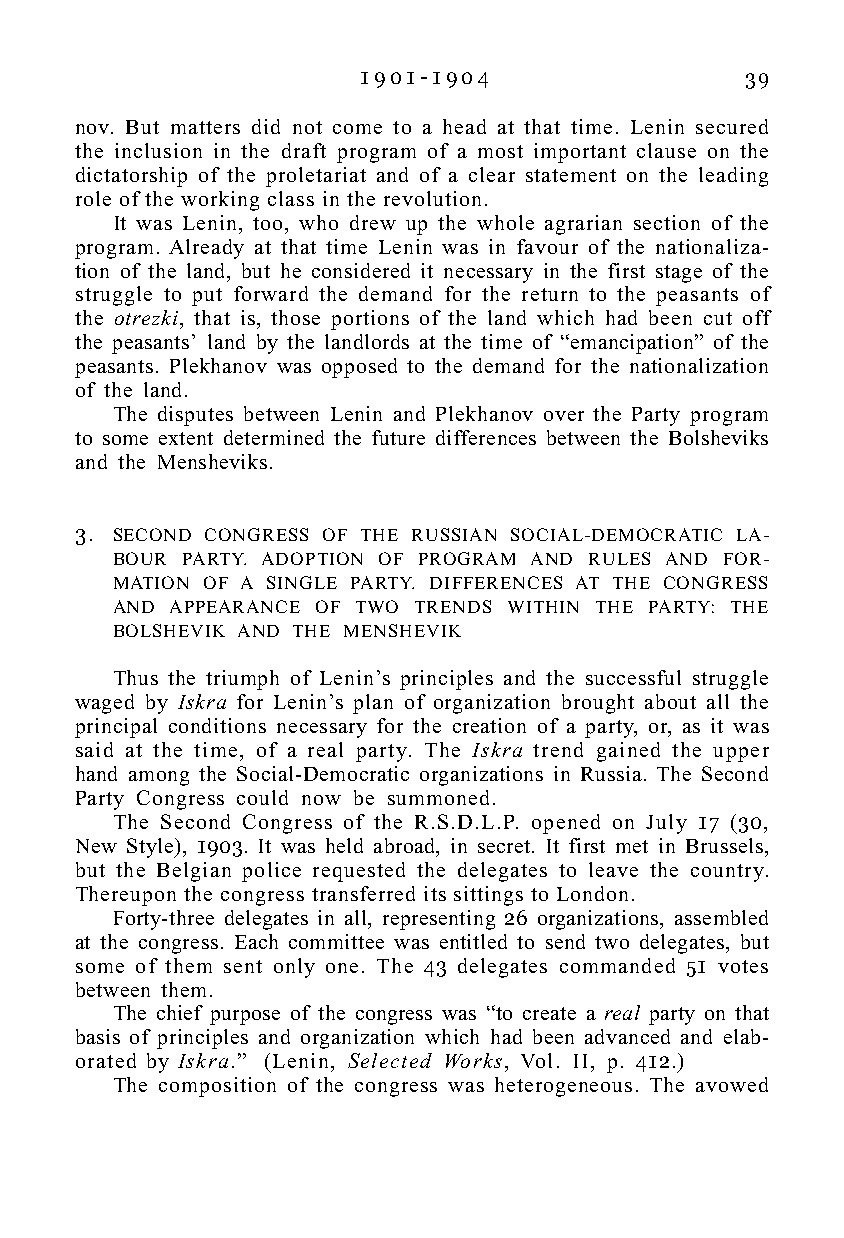
1 9 0 1 - 1 9 0 4        39
 nov. But matters did not come to a head at that time. Lenin secured
 the inclusion in the draft program of a most important clause on the
 dictatorship of the proletariat and of a clear statement on the leading
 role of the working class in the revolution.
 It was Lenin, too, who drew up the whole agrarian section of the
 program. Already at that time Lenin was in favour of the nationaliza-
 tion of the land, but he considered it necessary in the first stage of the
 struggle to put forward the demand for the return to the peasants of
 the otrezki, that is, those portions of the land which had been cut off
 the peasants’ land by the landlords at the time of “emancipation” of the
 peasants. Plekhanov was opposed to the demand for the nationalization
 of the land.
 The disputes between Lenin and Plekhanov over the Party program
 to some extent determined the future differences between the Bolsheviks
 and the Mensheviks.
 3. SECOND CONGRESS OF THE RUSSIAN SOCIAL-DEMOCRATIC LA-
 BOUR PARTY. ADOPTION OF PROGRAM AND RULES AND FOR-
 MATION OF A SINGLE PARTY. DIFFERENCES AT THE CONGRESS
 AND APPEARANCE OF TWO TRENDS WITHIN THE PARTY: THE
 BOLSHEVIK AND THE MENSHEVIK
 Thus the triumph of Lenin’s principles and the successful struggle
 waged by Iskra for Lenin’s plan of organization brought about all the
 principal conditions necessary for the creation of a party, or, as it was
 said at the time, of a real party. The Iskra trend gained the upper
 hand among the Social-Democratic organizations in Russia. The Second
 Party Congress could now be summoned.
 The Second Congress of the R.S.D.L.P. opened on July 17 (30,
 New Style), 1903. It was held abroad, in secret. It first met in Brussels,
 but the Belgian police requested the delegates to leave the country.
 Thereupon the congress transferred its sittings to London.
 Forty-three delegates in all, representing 26 organizations, assembled
 at the congress. Each committee was entitled to send two delegates, but
 some of them sent only one. The 43 delegates commanded 51 votes
 between them.
 The chief purpose of the congress was “to create a real party on that
 basis of principles and organization which had been advanced and elab-
 orated by Iskra.” (Lenin, Selected Works, Vol. II, p. 412.)
 The composition of the congress was heterogeneous. The avowed